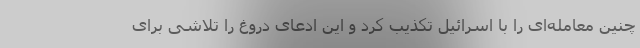
چنین معامله‌ای را با اسرائیل تکذیب کرد و این ادعای دروغ را تلاشی برای